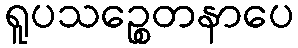
ရူပသဉ္စေတနာပေ